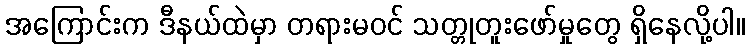
အကြောင်းက ဒီနယ်ထဲမှာ တရားမဝင် သတ္တုတူးဖော်မှုတွေ ရှိနေလို့ပါ။